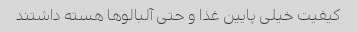
کیفیت خیلی پایین غذا و حتی آلبالو‌ها هسته داشتند